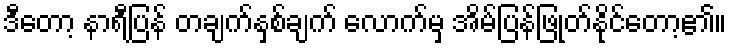
ဒီတော့ နာရီပြန် တချက်နှစ်ချက် လောက်မှ အိမ်ပြန်ဖြုတ်နိုင်တော့၏။